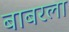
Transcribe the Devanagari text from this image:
बाबरला